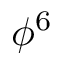
\phi ^ { 6 }